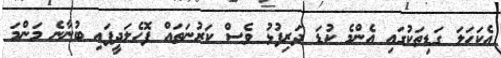
އެކަހަލަ ގަޑިތަކުގައި އެންމެ ކުޑަ ދަރިފުޅު ވެސް ކަރުނަތައް ފޮހެލަދީފައި ބުނާނެ މަންމަ